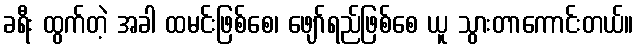
ခရီး ထွက်တဲ့ အခါ ထမင်းဖြစ်စေ၊ ဖျော်ရည်ဖြစ်စေ ယူ သွားတာကောင်းတယ်။